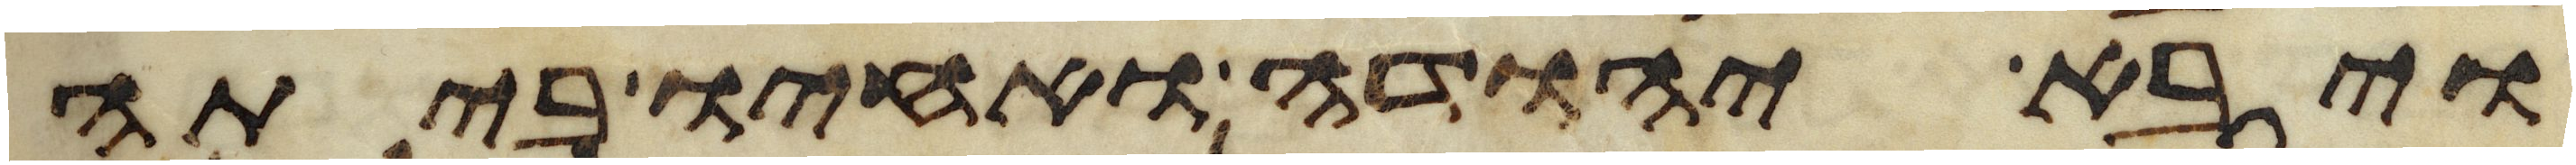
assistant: ויבא יהודה ואחיו ביתה